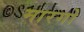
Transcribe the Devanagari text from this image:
मारगो